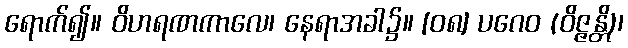
ရောက်၍။ ဝိဟရဏကာလေ၊ နေရာအခါ၌။ [၀၈] ပဂေဝ (ဝိဇ္ဇန္တိ)၊